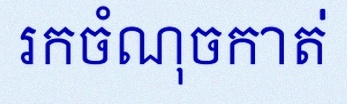
រកចំណុចកាត់